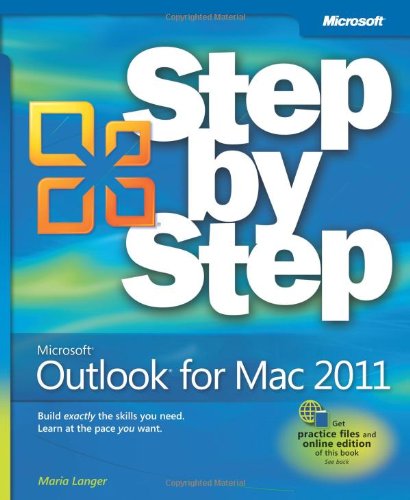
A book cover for Microsoft Outlook for Mac 2011 Step by Step; Maria Langer; Computers & Technology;